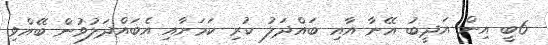
6ބީ އިން އަދީބު އޭނާ އާއި ބައްދަލު ކުރި ކަމަށާއި އެބައްދަލުވުން ބޭއްވި